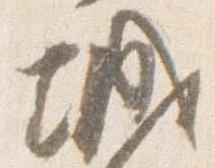
城